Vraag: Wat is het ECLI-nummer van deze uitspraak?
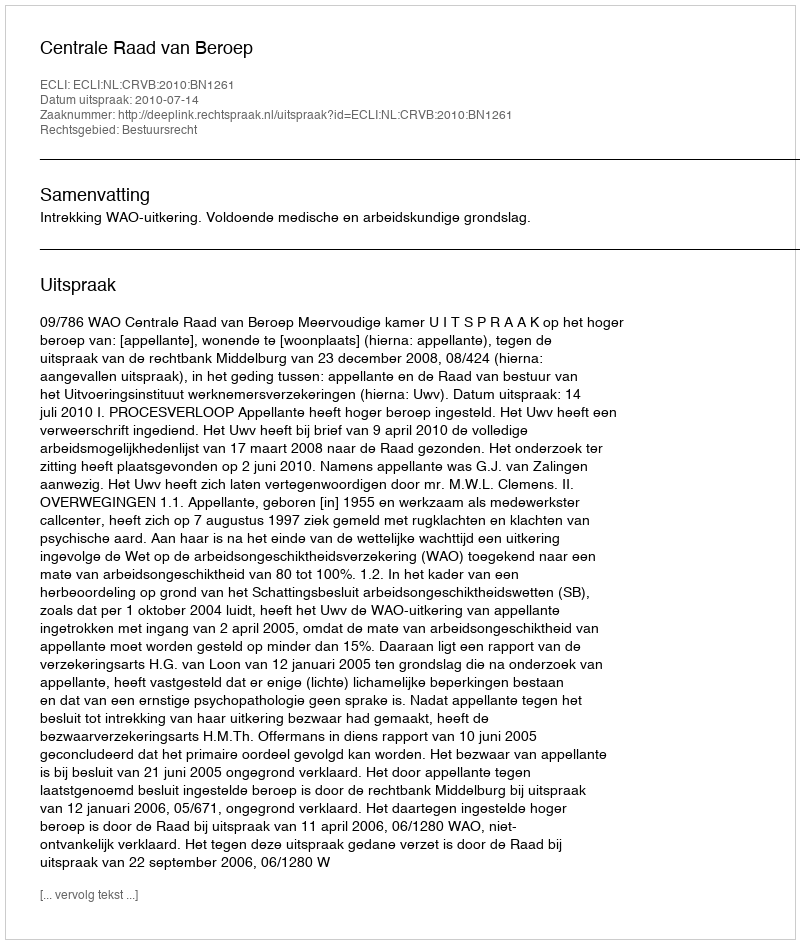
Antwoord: ECLI:NL:CRVB:2010:BN1261